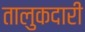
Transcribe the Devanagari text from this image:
तालुकदारी